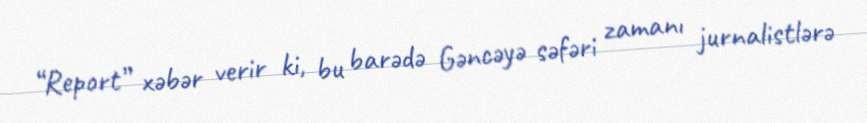
“Report” xəbər verir ki, bu barədə Gəncəyə səfəri zamanı jurnalistlərə